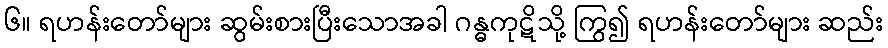
၆။ ရဟန်းတော်များ ဆွမ်းစားပြီးသောအခါ ဂန္ဓကုဋိသို့ ကြွ၍ ရဟန်းတော်များ ဆည်း